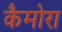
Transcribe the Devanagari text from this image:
कैमोरा